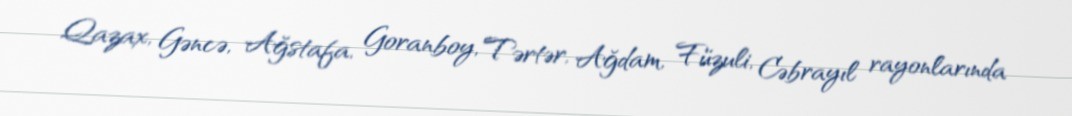
Qazax, Gəncə, Ağstafa, Goranboy, Tərtər, Ağdam, Füzuli, Cəbrayıl rayonlarında